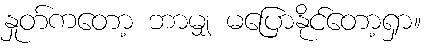
နှုတ်ကတော့ ဘာမျှ မပြောနိုင်တော့ရှာ။